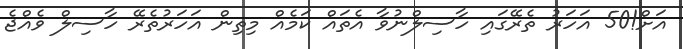
އަށް!50 އަހަރު ތެރޭގައި ހާސިލްނުވާ އެތައް ކަމެއް މިތިން އަހަރުތެރޭ ހާސިލް ވެއްޖެ